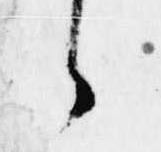
々